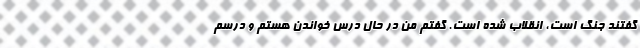
گفتند جنگ است، انقلاب شده است. گفتم من در حال درس خواندن هستم و درسم